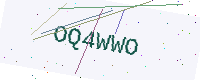
Text: OQ4WWO